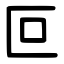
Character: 叵